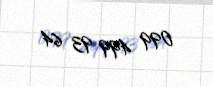
099 499 93 64